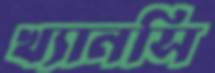
খ্যানসি